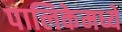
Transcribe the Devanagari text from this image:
पालिकेमध्ये